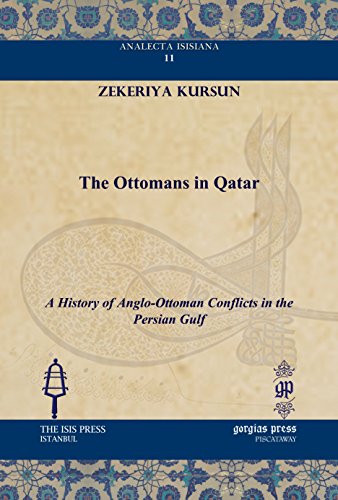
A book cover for The Ottomans in Qatar: A History of Anglo-Ottoman Conflicts in the Persian Gulf (Analecta Isisiana: Ottoman and Turkish Studies); Zekeriya Kursun; History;